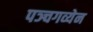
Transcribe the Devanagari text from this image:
पञ्चगव्येन